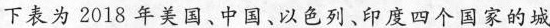
下表为2018年美国、中国、以色列、印度四个国家的城